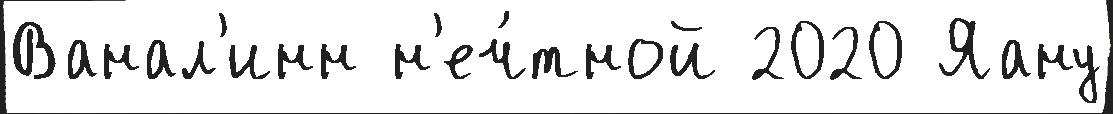
Ванал'инн н'еч́тной 2020 Яану